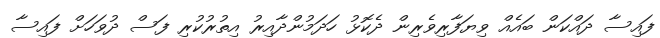
ފައިސާ ދައްކަން ބައެއް ވިޔަފާރިވެރިން ދެކޮޅު ހަދަމުންދާއިރު އިތުރުކުރި ފަސް ދުވަހަށް ފައިސާ